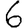
Digit: 6